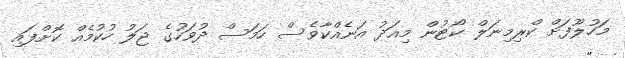
މަހުލޫފަށް ކްރިމިނަލް ކޯޓުން މިއަދު އަނެއްކާވެސް ހަމަސް ދުވަހުގެ ޖަލު ހުކުމެއް ކޮށްފައި